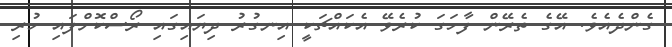
ގެންދެއެވެ. އޭގެ ތެރޭން ފާހަގަ ކުރެވޭ އެކައްޗަކީ އިނގުރު ދިޔައިގައި ރޯސްކޮށްފައި ހުރި